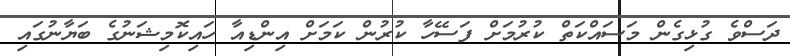
ދަސްވެ ގުޅިގެން މަސައްކަތް ކުރުމަށް ފަސޭހާ ކުރުން ކަމަށް އިންޑިއާ ހައިކޮމިޝަނުގެ ބަޔާނުގައި